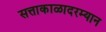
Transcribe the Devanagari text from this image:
सत्ताकाळादरम्यान